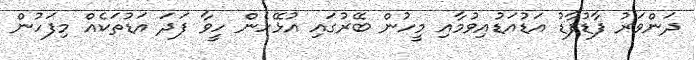
ދަންވަރު ފާޑުފާޑު އަޑުއަޑުއިވުމާއި މީހުން ބޭރުގައި އުޅޭހެން ހީވާ ފަދަ އަޑުތަކެއް މިފަހުން